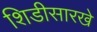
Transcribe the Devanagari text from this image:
शिडीसारखे